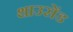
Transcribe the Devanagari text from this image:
थाउसेंड